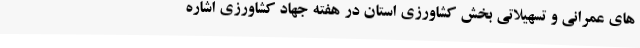
های عمرانی و تسهیلاتی بخش کشاورزی استان در هفته جهاد کشاورزی اشاره